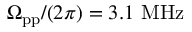
\Omega _ { \mathrm { p p } } / ( 2 \pi ) = 3 . 1 ~ \mathrm { M H z }